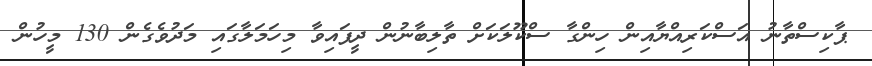
ޕާކިސްތާނު އަސްކަރިއްޔާއިން ހިންގާ ސްކޫލަކަށް ތާލިބާނުން ދީފައިވާ މިހަަމަލާގައި މަދުވެގެން 130 މީހުން